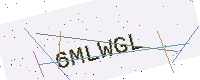
Text: 6MLWGL